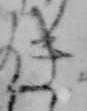
き